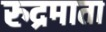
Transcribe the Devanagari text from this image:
रुद्रमाता